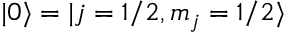
| 0 \rangle = | j = 1 / 2 , m _ { j } = 1 / 2 \rangle